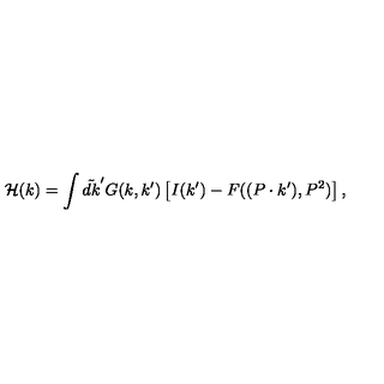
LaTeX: { \cal H } ( k ) = \int \tilde { d k } ^ { \prime } G ( k , k ^ { \prime } ) \left[ I ( k ^ { \prime } ) - F ( ( P \cdot k ^ { \prime } ) , P ^ { 2 } ) \right] ,